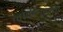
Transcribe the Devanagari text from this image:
जातीधर्माची